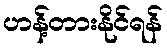
ဟန့်တားနိုင်ရန်